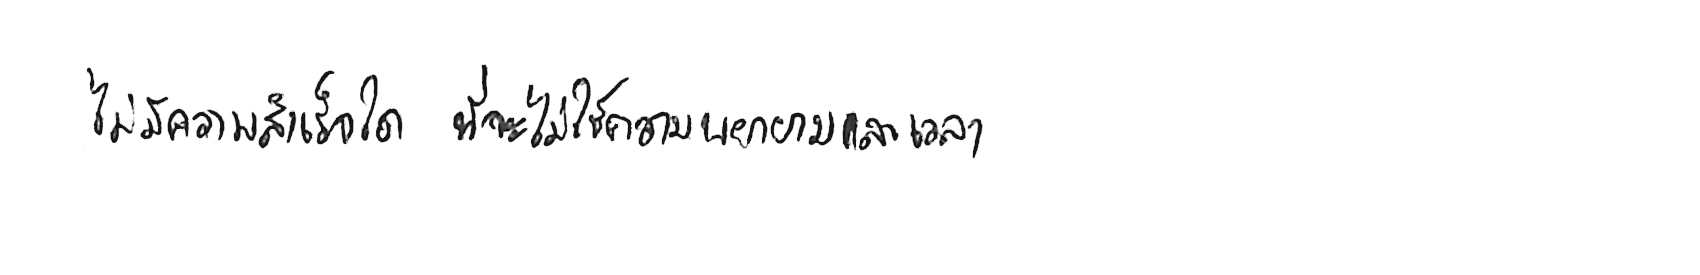
ไม่มีความสำเร็จใด ที่จะไม่ใช้ความพยายามและเวลา